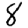
Digit: 8